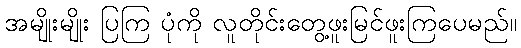
အမျိုးမျိုး ပြကြ ပုံကို လူတိုင်းတွေ့ဖူးမြင်ဖူးကြပေမည်။